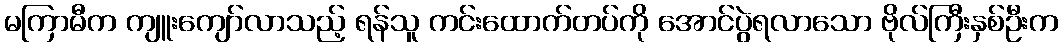
မကြာမီက ကျူးကျော်လာသည့် ရန်သူ ကင်းထောက်တပ်ကို အောင်ပွဲရလာသော ဗိုလ်ကြီးနှစ်ဦးက